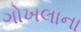
ગોખલાના